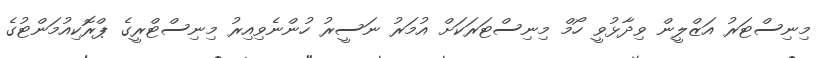
މިނިސްޓަރު އަޒްލީން ވިދާޅުވީ ހޯމް މިނިސްޓަރަކަށް އުމަރު ނަސީރު ހުންނެވިއިރު މިނިސްޓްރީގެ ޕްރޮކިއުމަންޓުގެ